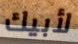
لأبيك